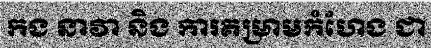
កង នាវា និង ការគម្រាមកំហែង ជា